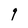
Character: q